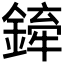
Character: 𫒻